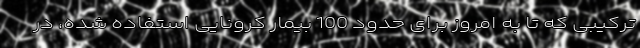
ترکیبی که تا به امروز برای حدود 100 بیمار کرونایی استفاده شده، در